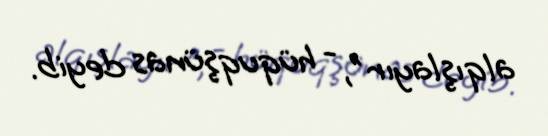
alqışlayır", - hüquqşünas deyib.